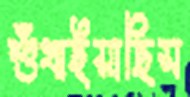
শুঁখাইয়াছিস